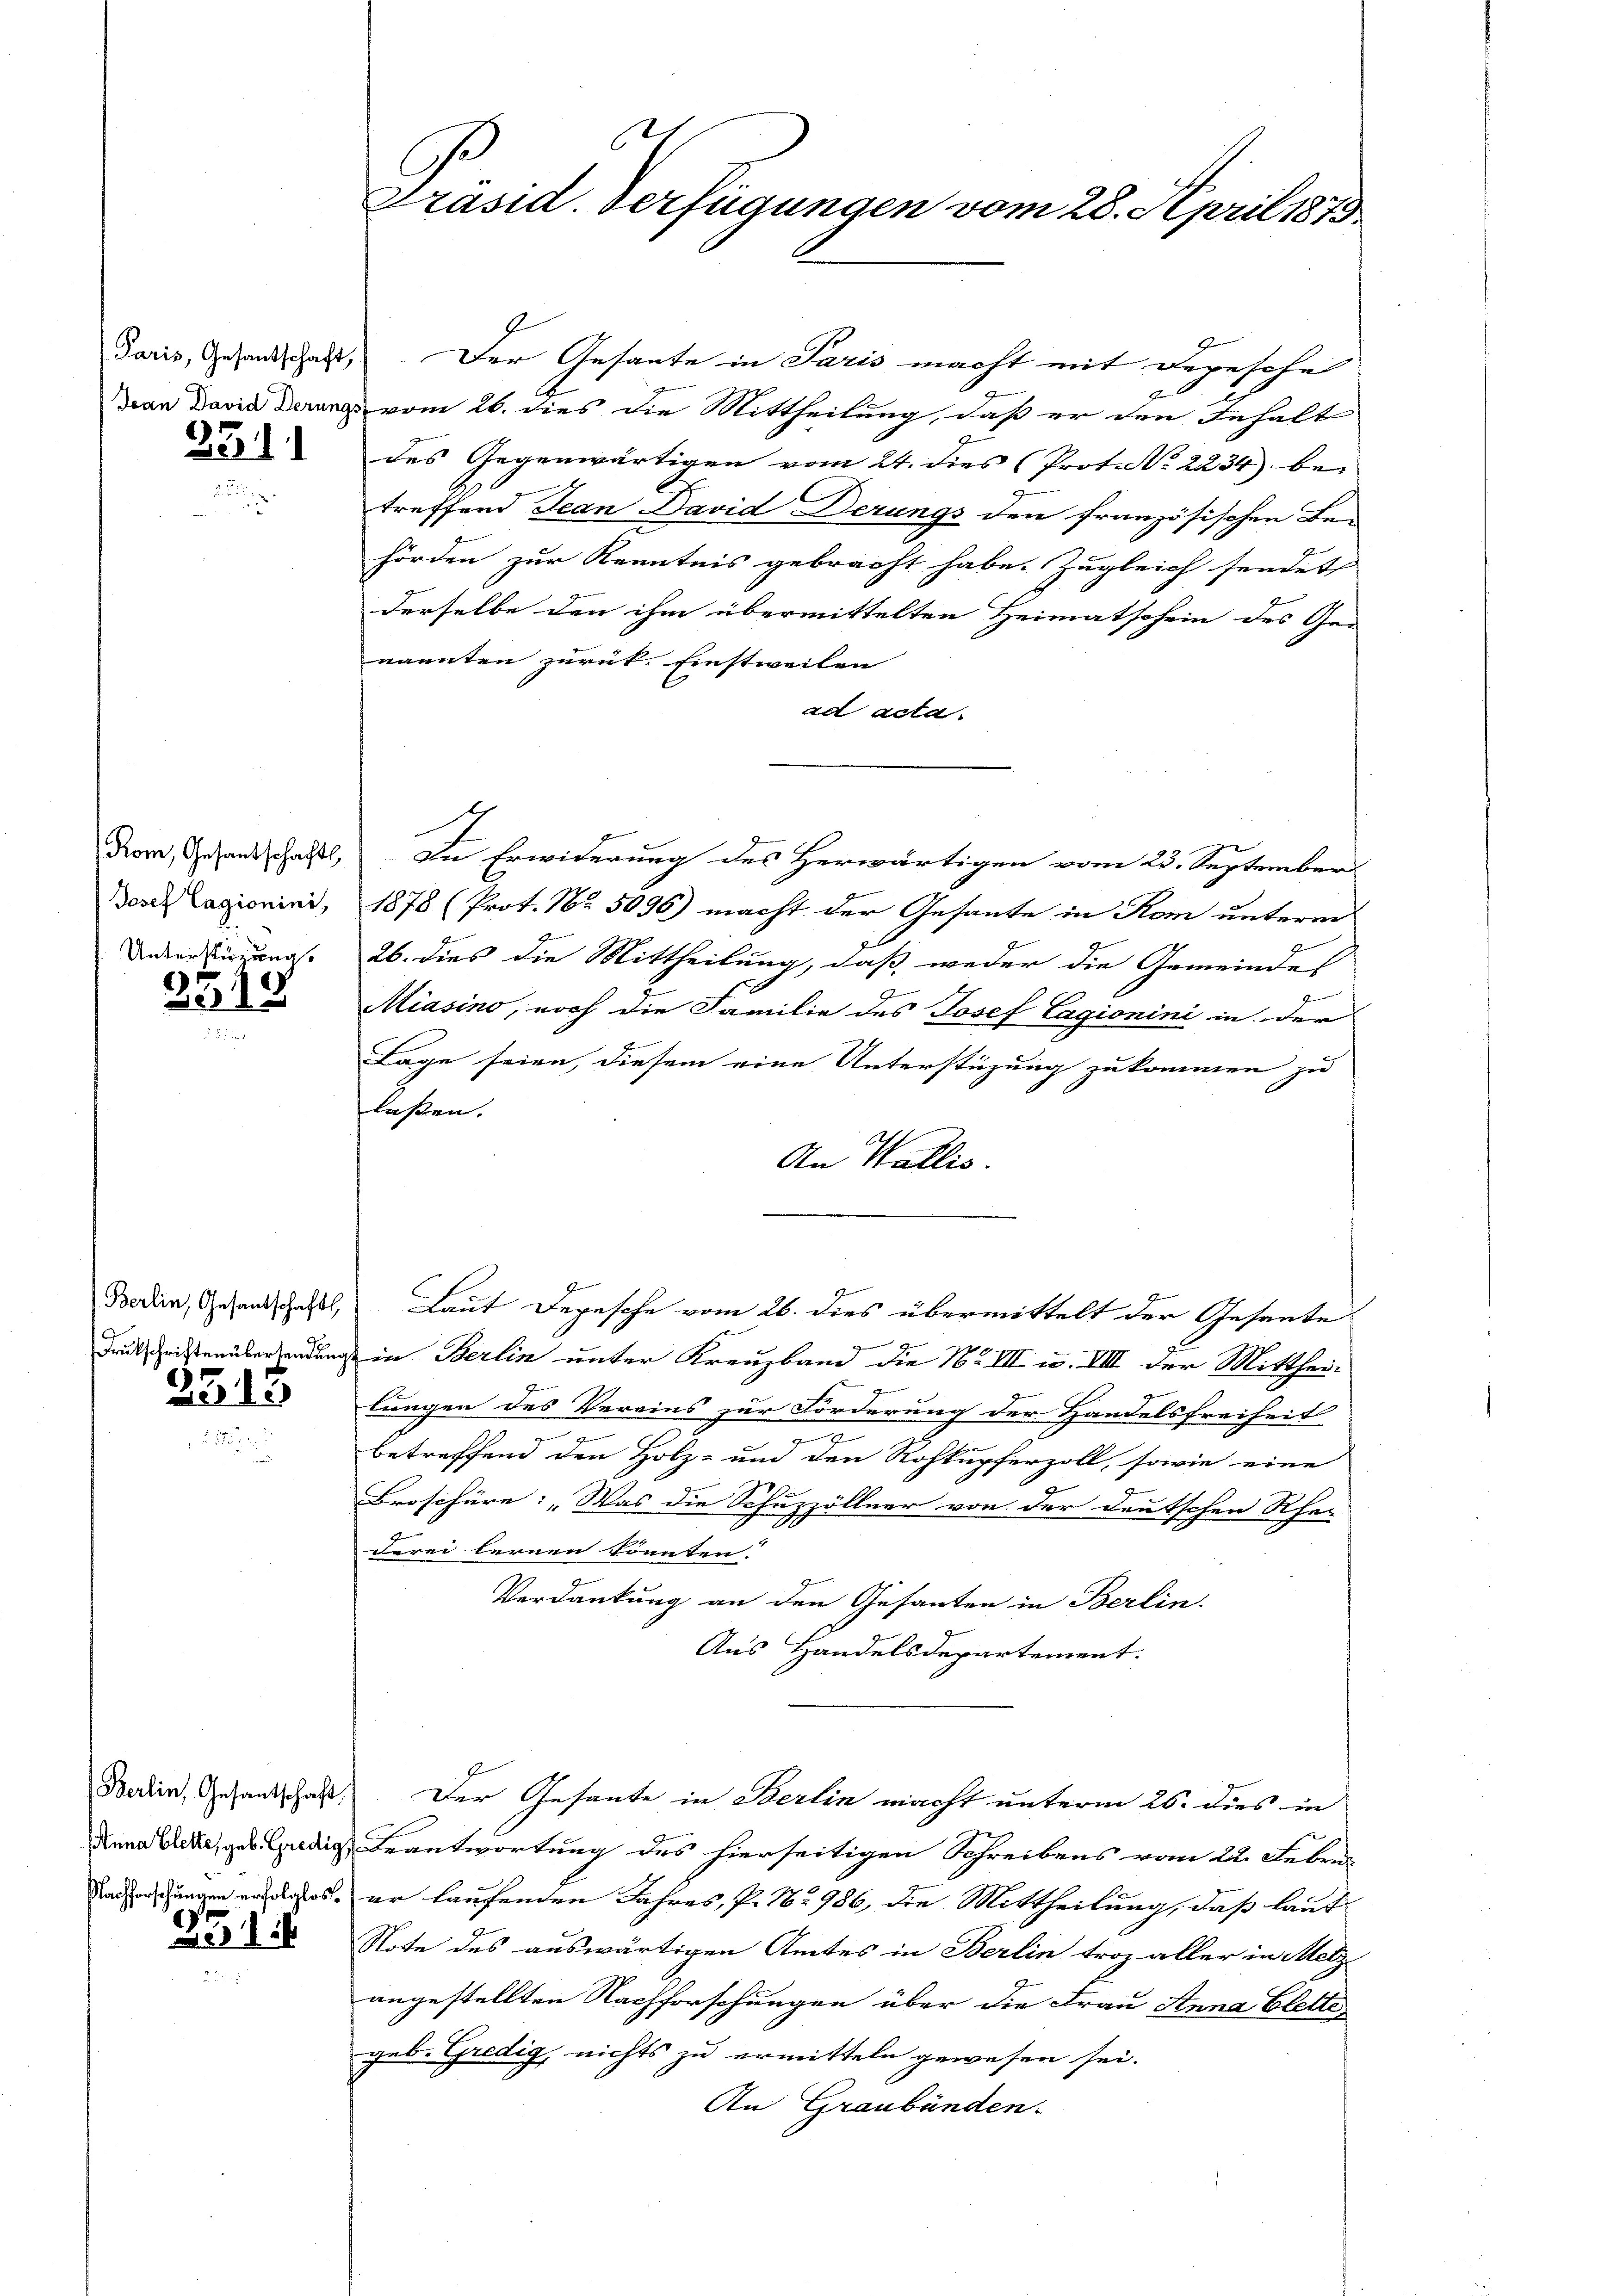
231

358

3515

s

Zizi

Präsid. Verfügungen vom 28. April 1873.

Paris, Gesandschaft, Der Gesante in Paris macht mit Depesche
Dan David Denung vom 26. dies die Mittheilung, daß er den Inhalt
des Gegenwärtigen vom 24. dies (Prot. N. 2234) bei
treffend Jean David Derungs den französischen Be-
hörden zur Kenntnis gebracht habe. Zugleich sendet
derselbe den ihm übermittelten Heimatschein des Ge-
nannten zurück. Einstweilen |
ad acta.
Rom, Gesandschaft, In Erwiderung des Herwärtigen vom 25. Septembers
deser Lagionini, 1878 (Prot. No. 5096) macht der Gesante in Rom unterm
Andere Fügung. 26. dies die Mittheilung, daß weder die Gemeindes
Miasino, noch die Familie des Josef Lagionini in der
Lage seien, diesem eine Unterstüzung zukommen zu
lassen. |
An Wallis.
Berein, Gesandtschaft, Laut Depesche vom 26. dies übermittelt der Gesante
9
druck Fristenübersendung in Berlin unter Kreuzband die No III u. VIII der Mittheitragen des Vereins zur Forderung der Handelsfreiheit
2
betreffend den Holz- und den Rohkupferzoll, sowie eine
Broschüre: „Was die Schuzzöllner von der deutschen Rhe-
derei lernen könnten.
Verdankung an den Gesanten in Berlin.
Aus Handelsdepartement.
Berlin, Gesandschaft. Der Gesante in Berlin macht unterm 26. dies in
Anna lebe, geb. Endig Beantwortung des hierseitigen Schreibens vom 22. Febru
Rachen ungen erdros er laufenden Jahres, P. No 986, die Mittheilung, daß laut
Note des auswärtigen Amtes in Berlin troz aller in Metz
angestellten Nachforschungen über die Frau Anna blettegeb. Gredig, nichts zu ermitteln gewesen sei.
An Graubünden.